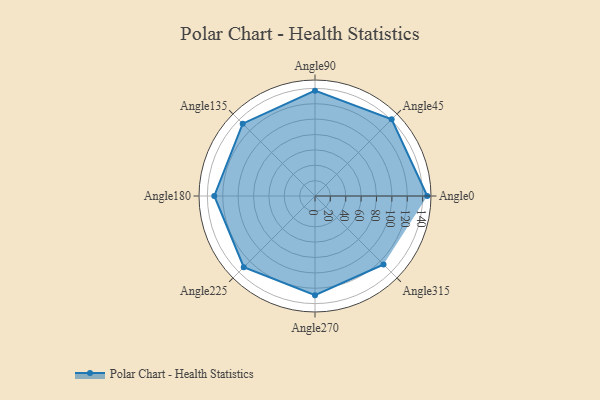
{"axis": {"x": "Angle", "y": "Radius"}, "legend": [""], "data": [{"x": "Angle0", "y": 146.0, "type": ""}, {"x": "Angle45", "y": 141.0, "type": ""}, {"x": "Angle90", "y": 137.0, "type": ""}, {"x": "Angle135", "y": 133.0, "type": ""}, {"x": "Angle180", "y": 131.0, "type": ""}, {"x": "Angle225", "y": 131.0, "type": ""}, {"x": "Angle270", "y": 129.0, "type": ""}, {"x": "Angle315", "y": 126.0, "type": ""}]}